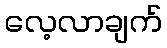
လေ့လာချက်